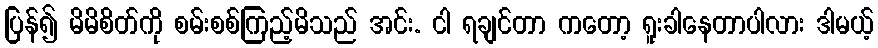
ပြန်၍ မိမိစိတ်ကို စမ်းစစ်ကြည့်မိသည် အင်း. ငါ ရချင်တာ ကတော့ ရူးခါနေတာပါလား ဒါမယ့်